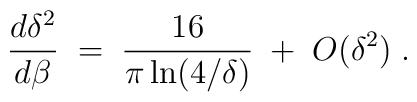
{d\delta^2\over d\beta} \;=\; {16\over \pi \ln(4/\delta)}\;+\;O(\delta^2)\;.